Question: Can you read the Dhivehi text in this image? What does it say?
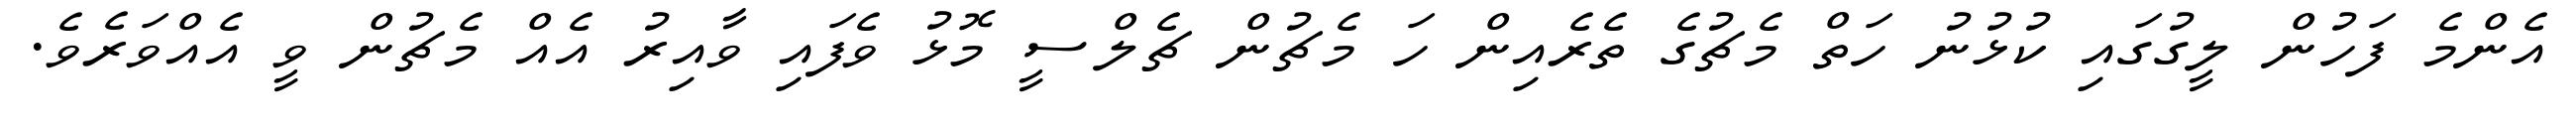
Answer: އެންމެ ފަހުން ލީގުގައި ކުޅުނު ހަތް މެޗުގެ ތެރެއިން ހަ މެޗުން ޗެލްސީ މޮޅު ވެފައި ވާއިރު އެއް މެޗުން ވީ އެއްވަރެވެ.